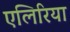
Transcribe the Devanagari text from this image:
एलिरिया